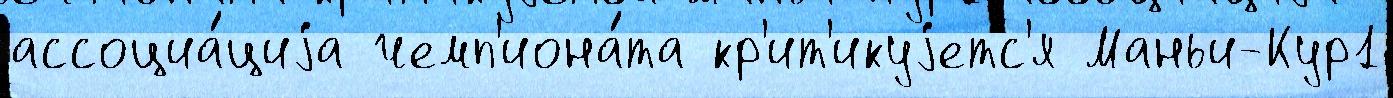
ассоциа́циjа чемп'иона́та кр'ит'икуjетс'я Маньи-Кур1